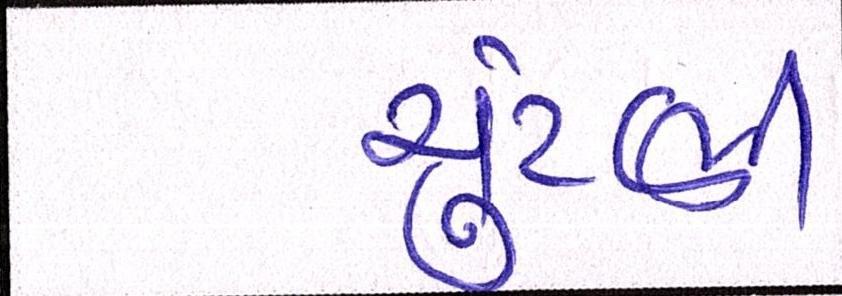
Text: ચુંટણી